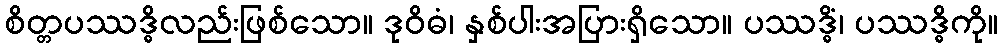
စိတ္တပဿဒ္ဓိလည်းဖြစ်သော။ ဒုဝိဓံ၊ နှစ်ပါးအပြားရှိသော။ ပဿဒ္ဓိံ၊ ပဿဒ္ဓိကို။